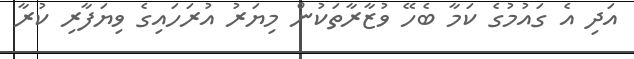
އަދި އެ ގައުމުގެ ކަމާ ބެހޭ ވުޒާރާތަކުން މިޔަރު އުރަހައިގެ ވިޔަފާރި ކުރާ